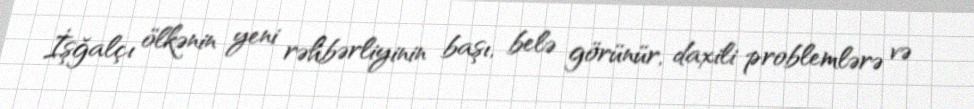
İşğalçı ölkənin yeni rəhbərliyinin başı, belə görünür, daxili problemlərə və